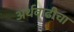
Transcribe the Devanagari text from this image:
अर्थवाढीचा